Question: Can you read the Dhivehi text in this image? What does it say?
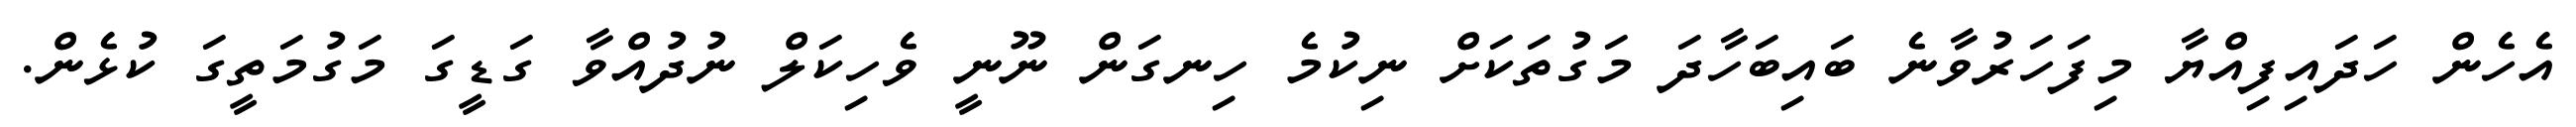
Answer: އެހެން ހަދައިފިއްޔާ މިފަހަރުވާނެ ބައިބަހާދަ މަގުތަކަށް ނިކުމެ ހިނގަން ނޫނީ ވެހިކަލް ނުދުއްވާ ގަޑީގަ މަގުމަތީގަ ކުޅެން.